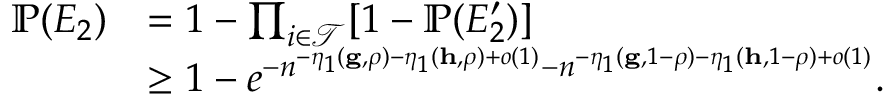
\begin{array} { r l } { { \mathbb P } ( E _ { 2 } ) } & { = 1 - \prod _ { i \in \mathcal { T } } [ 1 - { \mathbb P } ( E _ { 2 } ^ { \prime } ) ] } \\ & { \geq 1 - e ^ { - n ^ { - \eta _ { 1 } ( \mathbf { g } , \rho ) - \eta _ { 1 } ( \mathbf { h } , \rho ) + o ( 1 ) } - n ^ { - \eta _ { 1 } ( \mathbf { g } , 1 - \rho ) - \eta _ { 1 } ( \mathbf { h } , 1 - \rho ) + o ( 1 ) } } . } \end{array}